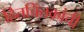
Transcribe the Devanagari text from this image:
हितचिंतकांची